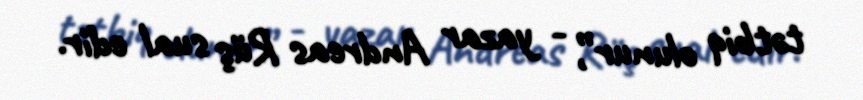
tətbiq olunur”, - yazar Andreas Rüş sual edir.